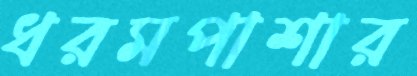
ধরমপাশার